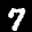
Label: 7